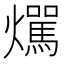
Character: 𤒌